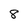
Character: 8